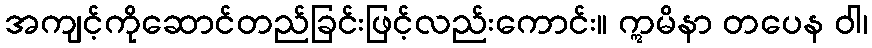
အကျင့်ကိုဆောင်တည်ခြင်းဖြင့်လည်းကောင်း။ ဣမိနာ တပေန ဝါ၊